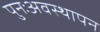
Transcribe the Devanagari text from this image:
पुनःअवस्थापन